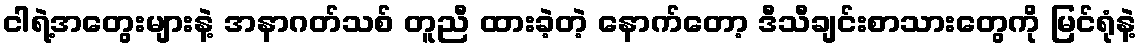
ငါရဲ့အတွေးများနဲ့ အနာဂတ်သစ် တူညီ ထားခဲ့တဲ့ နောက်တော့ ဒီသီချင်းစာသားတွေကို မြင်ရုံနဲ့